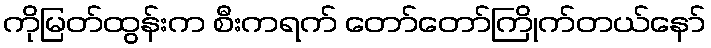
ကိုမြတ်ထွန်းက စီးကရက် တော်တော်ကြိုက်တယ်နော်